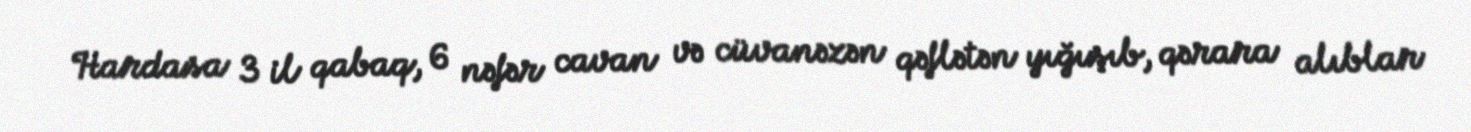
Hardasa 3 il qabaq, 6 nəfər cavan və cüvanəzən qəflətən yığışıb, qərara alıblar